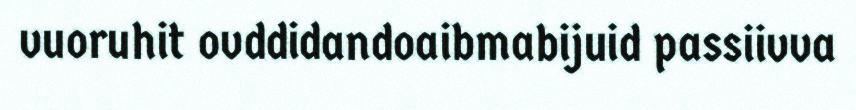
vuoruhit ovddidandoaibmabijuid passiivva